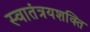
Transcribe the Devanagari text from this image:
स्वातंत्रयशक्ति